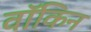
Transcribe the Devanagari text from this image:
वॉकिन